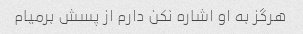
هرگز به او اشاره نکن دارم از پسش برمیام